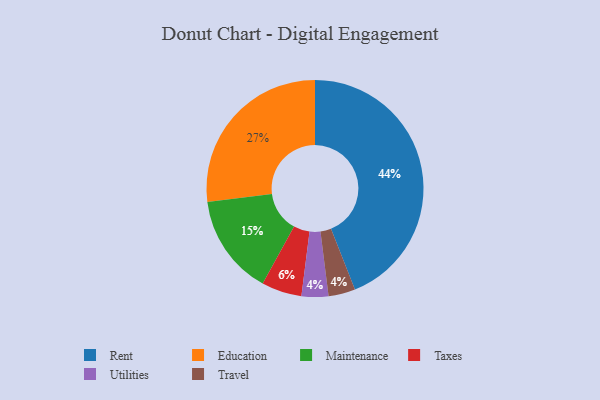
{"axis": {"x": "Category", "y": "Percentage"}, "legend": ["Education", "Maintenance", "Rent", "Taxes", "Travel", "Utilities"], "data": [{"x": "Taxes", "y": 6, "type": "Taxes"}, {"x": "Utilities", "y": 4, "type": "Utilities"}, {"x": "Rent", "y": 44, "type": "Rent"}, {"x": "Maintenance", "y": 15, "type": "Maintenance"}, {"x": "Education", "y": 27, "type": "Education"}, {"x": "Travel", "y": 4, "type": "Travel"}]}